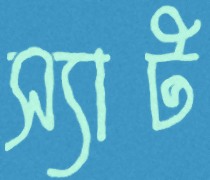
স্যাট